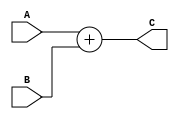
`timescale 1ns / 1ps
//////////////////////////////////////////////////////////////////////////////////
// Company: 
// Engineer: 
// 
// Design Name: 
// Module Name:    Adder_32b 
// Project Name: 
// Target Devices: 
// Tool versions: 
// Description: 
//
// Dependencies: 
//
// Revision: 
// Revision 0.01 - File Created
// Additional Comments: 
//
//////////////////////////////////////////////////////////////////////////////////
module Adder_32b(A,B,C);
   input [31:0] A,B;
	output [31:0] C;
   assign C=A+B;
endmodule